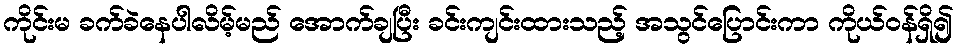
ကိုင်းမ ခက်ခဲနေပါလိမ့်မည် အောက်ချပြီး ခင်းကျင်းထားသည့် အသွင်ပြောင်းကာ ကိုယ်ဝန်ရှိ၍